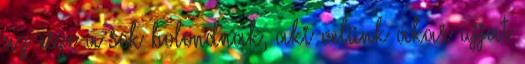
az esze a sok bolondnak, aki velünk akar ujjat